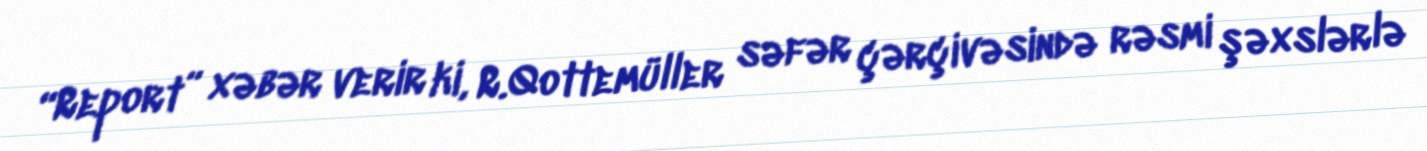
“Report” xəbər verir ki, R.Qottemüller səfər çərçivəsində rəsmi şəxslərlə